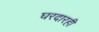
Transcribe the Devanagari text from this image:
घरदारही